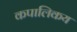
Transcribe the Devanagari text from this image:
कपालिकय